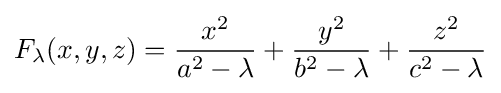
F_{\lambda }(x,y,z)={\frac {x^{2}}{a^{2}-\lambda }}+{\frac {y^{2}}{b^{2}-\lambda }}+{\frac {z^{2}}{c^{2}-\lambda }}